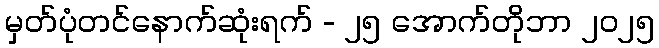
မှတ်ပုံတင်နောက်ဆုံးရက် - ၂၅ အောက်တိုဘာ ၂၀၂၅